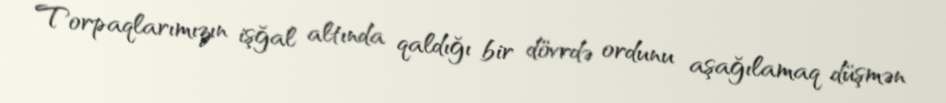
Torpaqlarımızın işğal altında qaldığı bir dövrdə ordunu aşağılamaq düşmən